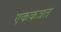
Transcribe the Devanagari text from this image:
एककत्रत